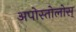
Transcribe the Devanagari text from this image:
अपोस्तोलोस्